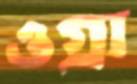
ওগ্‌রা